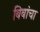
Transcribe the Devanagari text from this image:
बिबांचा